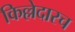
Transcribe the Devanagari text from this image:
किल्लेदारच